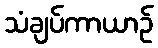
သံချပ်ကာယာဉ်